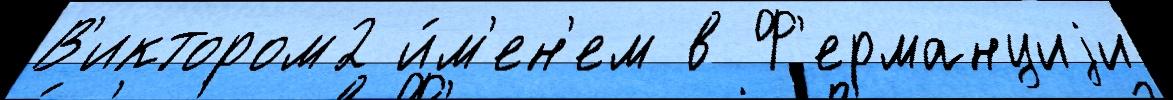
В'иктором2 и́м'ен'ем в Ф'ерманциjи